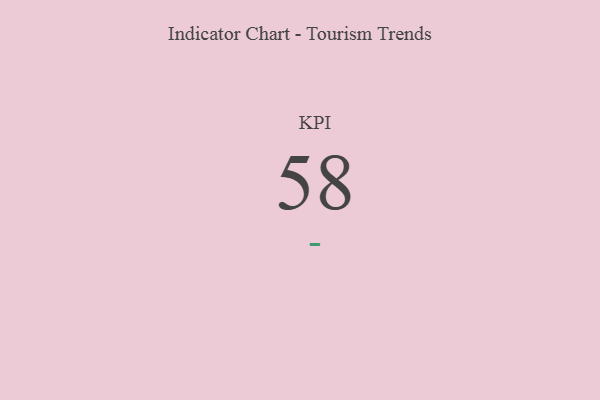
{"axis": {"x": "KPI", "y": "Value"}, "legend": [""], "data": [{"x": "KPI", "y": 58, "type": ""}]}